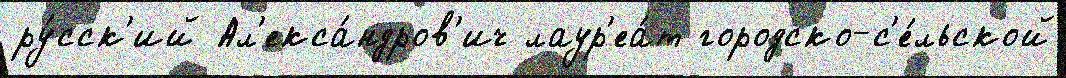
ру́сск'ий Ал'екса́ндров'ич лаур'еа́т городско-с'е́льской